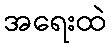
အရေးထဲ